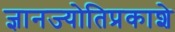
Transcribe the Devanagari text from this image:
ज्ञानज्योतिप्रकाशे